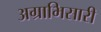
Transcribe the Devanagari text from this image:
अग्राभिसारी